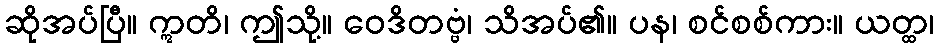
ဆိုအပ်ပြီ။ ဣတိ၊ ဤသို့။ ဝေဒိတဗ္ဗံ၊ သိအပ်၏။ ပန၊ စင်စစ်ကား။ ယတ္ထ၊